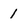
Character: 1